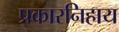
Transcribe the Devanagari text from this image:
प्रकारनिहाय